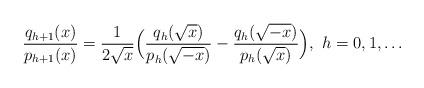
LaTeX: \begin{align*}\frac{q_{h+1}(x)}{p_{h+1}(x)}=\frac{1}{2\sqrt x}\Big(\frac{q_h(\sqrt x)}{p_h(\sqrt{-x})}-\frac{q_h(\sqrt {-x})}{p_h(\sqrt x)}\Big),~h=0,1,\dots\end{align*}